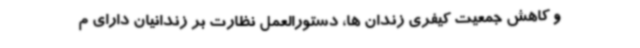
و کاهش جمعیت کیفری زندان ها، دستورالعمل نظارت بر زندانیان دارای م